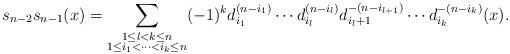
LaTeX: \begin{align*}s_{n-2}s_{n-1} (x) = \sum_{\substack{1\leq l<k\leq n \\1\leq i_1<\cdots<i_k\leq n}}(-1)^k d_{i_1}^{(n-i_1)}\cdots d_{i_l}^{(n-i_l)} d_{i_l+1}^{-(n-i_{l+1})} \cdots d_{i_k}^{-(n-i_k)} (x).\end{align*}